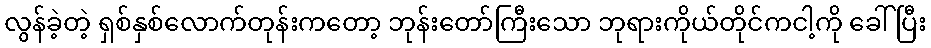
လွန်ခဲ့တဲ့ ရှစ်နှစ်လောက်တုန်းကတော့ ဘုန်းတော်ကြီးသော ဘုရားကိုယ်တိုင်ကငါ့ကို ခေါ်ပြီး